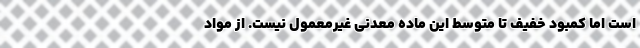
است اما کمبود خفیف تا متوسط این ماده معدنی غیرمعمول نیست. از مواد